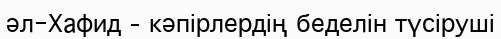
әл-Хафид – кәпірлердің беделін түсіруші